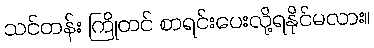
သင်တန်း ကြိုတင် စာရင်းပေးလို့ရနိုင်မလား။